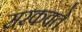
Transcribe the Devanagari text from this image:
सरकवते